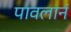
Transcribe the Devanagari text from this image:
पावलानं